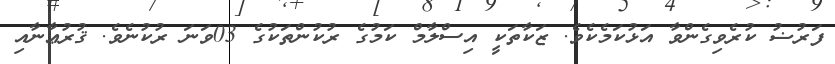
ފަރުޟު ކުރެވިގެންވާ އަޅުކަމެކެވެ. ޒަކާތަކީ އިސްލާމް ކަމުގެ ރުކުންތަކުގެ 03ވަނަ ރުކުނެވެ. ޤުރުޢާނާއި